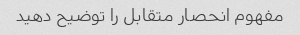
مفهوم انحصار متقابل را توضیح دهید